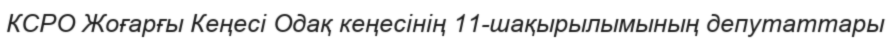
КСРО Жоғарғы Кеңесі Одақ кеңесінің 11-шақырылымының депутаттары